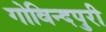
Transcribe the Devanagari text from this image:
गोविन्दपुरी